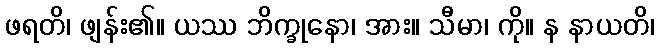
ဖရတိ၊ ဖျန်း၏။ ယဿ ဘိက္ခုနော၊ အား။ သီမာ၊ ကို။ န နာယတိ၊